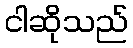
ငါဆိုသည်